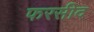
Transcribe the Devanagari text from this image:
फरसीद